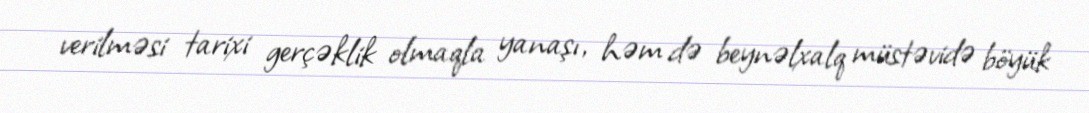
verilməsi tarixi gerçəklik olmaqla yanaşı, həm də beynəlxalq müstəvidə böyük